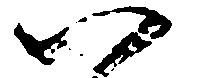
い